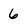
Character: 6